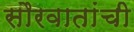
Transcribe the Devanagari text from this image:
सौरवातांची